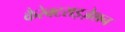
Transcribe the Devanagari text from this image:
कैरेक्टराइज़ेशन